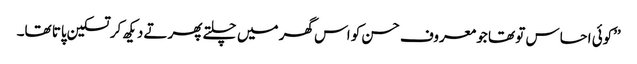
’’کوئی احساس تو تھا جو معروف حسن کو اس گھر میں چلتے پھرتے دیکھ کر تسکین پاتا تھا۔